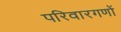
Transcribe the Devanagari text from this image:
परिवारगणों